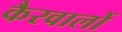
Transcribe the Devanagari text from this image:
कैरवालों